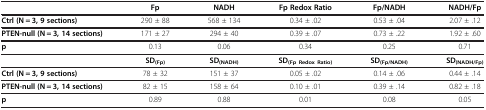
|  | Fp | NADH | Fp Redox Ratio | Fp/NADH | NADH/Fp |
 | --- | --- | --- | --- | --- | --- |
 | Ctrl (N = 3, 9 sections) | 290 ± 88 | 568 ± 134 | 0.34 ± .02 | 0.53 ± .04 | 2.07 ± .12 |
 | PTEN-null (N = 3, 14 sections) | 171 ± 27 | 294 ± 40 | 0.39 ± .07 | 0.73 ± .22 | 1.92 ± .60 |
 | p | 0.13 | 0.06 | 0.34 | 0.25 | 0.71 |
 |  | SD(Fp) | SD(NADH) | SD(Fp Redox Ratio) | SD(Fp/NADH) | SD(NADH/Fp) |
 | Ctrl (N = 3, 9 sections) | 78 ± 32 | 151 ± 37 | 0.05 ± .02 | 0.14 ± .06 | 0.44 ± .14 |
 | PTEN-null (N = 3, 14 sections) | 82 ± 15 | 158 ± 64 | 0.10 ± .01 | 0.39 ± .14 | 0.82 ± .18 |
 | p | 0.89 | 0.88 | 0.01 | 0.08 | 0.05 |